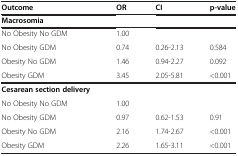
<table><thead><tr><td><b>Outcome</b></td><td><b>OR</b></td><td><b>CI</b></td><td><b>p-value</b></td></tr></thead><tbody><tr><td><b>Macrosomia</b></td><td> </td><td> </td><td> </td></tr><tr><td>No Obesity No GDM</td><td>1.00</td><td> </td><td> </td></tr><tr><td>No Obesity GDM</td><td>0.74</td><td>0.26-2.13</td><td>0.584</td></tr><tr><td>Obesity No GDM</td><td>1.46</td><td>0.94-2.27</td><td>0.092</td></tr><tr><td>Obesity GDM</td><td>3.45</td><td>2.05-5.81</td><td>&lt;0.001</td></tr><tr><td><b>Cesarean section delivery</b></td><td> </td><td> </td><td> </td></tr><tr><td>No Obesity No GDM</td><td>1.00</td><td> </td><td> </td></tr><tr><td>No Obesity GDM</td><td>0.97</td><td>0.62-1.53</td><td>0.91</td></tr><tr><td>Obesity No GDM</td><td>2.16</td><td>1.74-2.67</td><td>&lt;0.001</td></tr><tr><td>Obesity GDM</td><td>2.26</td><td>1.65-3.11</td><td>&lt;0.001</td></tr></tbody></table>